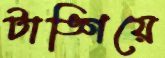
টাঙ্গিয়ে